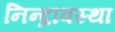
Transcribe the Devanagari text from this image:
निन्द्रावस्था